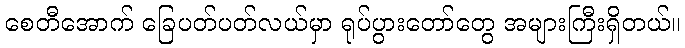
စေတီအောက် ခြေပတ်ပတ်လယ်မှာ ရုပ်ပွားတော်တွေ အများကြီးရှိတယ်။